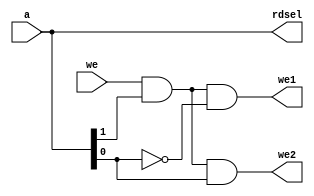
`timescale 1ns / 1ps

module gpio_ad(
    input wire [1:0]a,
    input wire we,
    
    output wire we2,
    output wire we1,
    
    output wire [1:0] rdsel
    );
    
    assign rdsel = a;
    //Activate we1 when rdsel = 10 and we = 1
    assign we1 = (we & rdsel[1] & ~rdsel[0]);
    //Activate we2 when rdsel = 11 and we = 1
    assign we2 = (we & rdsel[1] &  rdsel[0]);

endmodule